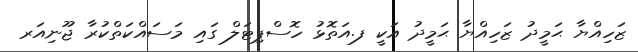
ޒަހިއްޔާ ޙަމީދު ޒަހިއްޔާ ޙަމީދު އަކީ ފ.އަތޮޅު ހޮސްޕިޓަލް ގައި މަސައްކަތްކުރާ ޖޫނިއަރ